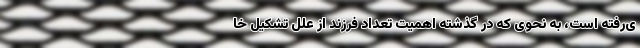
ی‌رفته است، به نحوی که در گذشته اهمیت تعداد فرزند از علل تشکیل خا